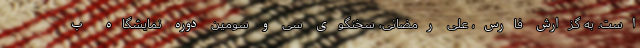
است. به گزارش فارس، علی رمضانی، سخنگوی سی و سومین دوره نمایشگاه ب